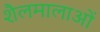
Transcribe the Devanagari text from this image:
शैलमालाओं